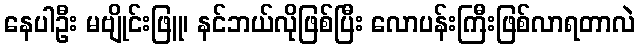
နေပါဦး မဗျိုင်းဖြူ၊ နင်ဘယ်လိုဖြစ်ပြီး လောပန်းကြီးဖြစ်လာရတာလဲ